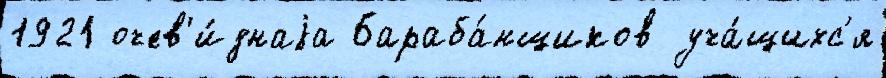
1921 очев'и́днаjа Бараба́нщиков уча́щихс'я